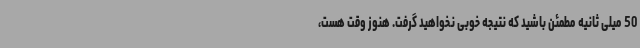
50 میلی ثانیه مطمئن باشید که نتیجه خوبی نخواهید گرفت. هنوز وقت هست،